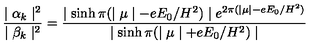
\frac { \mid \alpha _ { k } \mid ^ { 2 } } { \mid \beta _ { k } \mid ^ { 2 } } = \frac { \mid \sinh \pi ( \mid \mu \mid - e E _ { 0 } / H ^ { 2 } ) \mid e ^ { 2 \pi ( \mid \mu \mid - e E _ { 0 } / H ^ { 2 } ) } } { \mid \sinh \pi ( \mid \mu \mid + e E _ { 0 } / H ^ { 2 } ) \mid }